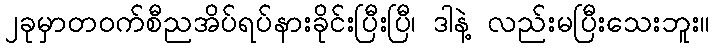
၂ခုမှာတဝက်စီညအိပ်ရပ်နားခိုင်းပြီးပြီ၊ ဒါနဲ့ လည်းမပြီးသေးဘူး။